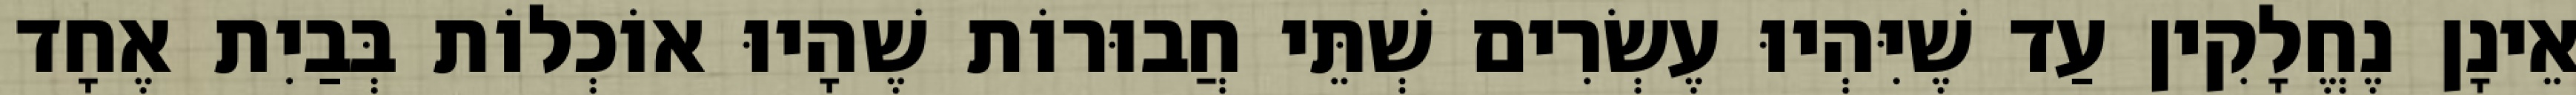
אֵינָן נֶחֱלָקִין עַד שֶׁיִּהְיוּ עֶשְׂרִים שְׁתֵּי חֲבוּרוֹת שֶׁהָיוּ אוֹכְלוֹת בְּבַיִת אֶחָד